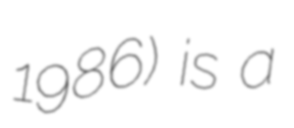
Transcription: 1986) is a